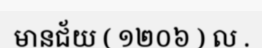
មានជ័យ ( ១២០៦ ) ល .